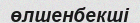
өлшенбекші